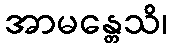
အာမန္တေသိ၊